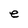
Character: e